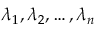
\lambda _ { 1 } , \lambda _ { 2 } , \ldots , \lambda _ { n }